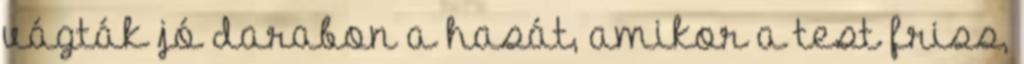
vágták jó darabon a hasát, amikor a test friss,